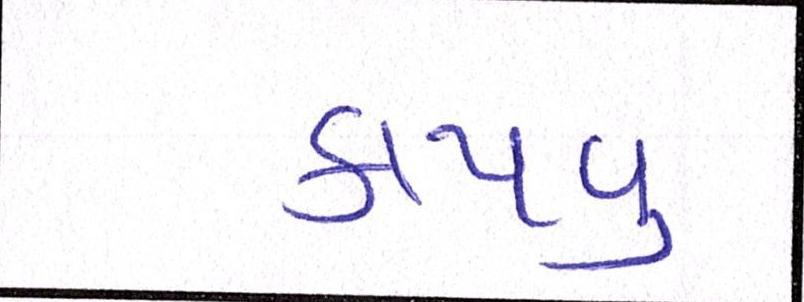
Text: કાપવુ